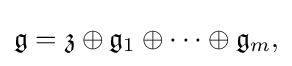
\displaystyle {{\mathfrak {g}}={\mathfrak {z}}\oplus {\mathfrak {g}}_{1}\oplus \cdots \oplus {\mathfrak {g}}_{m},}